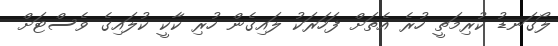
ލޯގަނޑު ކުރިމަތީ ހުރެ އެތަށް ފަހަރަކު ލައިގެން ހުރި ކާކީ ކުލައިގެ ވެސްޓަށް